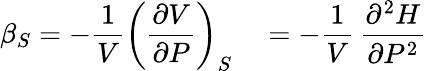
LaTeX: \beta_{S}=-{\frac{1}{V}}\left({\frac{\partial V}{\partial P}}\right)_{S}\quad=-{\frac{1}{V}}\, {\frac{\partial^{2}H}{\partial P^{2}}}